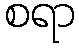
စရာ